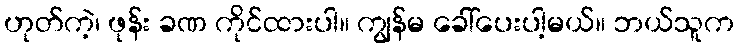
ဟုတ်ကဲ့၊ ဖုန်း ခဏ ကိုင်ထားပါ။ ကျွန်မ ခေါ်ပေးပါ့မယ်။ ဘယ်သူက